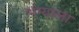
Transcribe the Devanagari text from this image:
भंग्याला